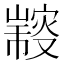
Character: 𠮍